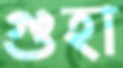
গুহা